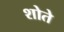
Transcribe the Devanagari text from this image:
शोते